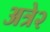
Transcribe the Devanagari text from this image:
अत्रे२